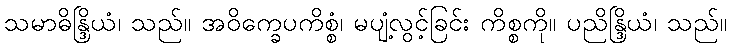
သမာဓိန္ဒြိယံ၊ သည်။ အဝိက္ခေပကိစ္စံ၊ မပျံ့လွင့်ခြင်း ကိစ္စကို။ ပညိန္ဒြိယံ၊ သည်။